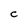
Character: c